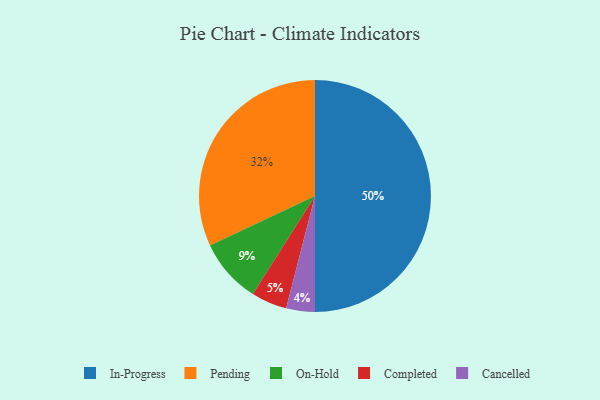
{"axis": {"x": "Category", "y": "Percentage"}, "legend": ["Cancelled", "Completed", "In-Progress", "On-Hold", "Pending"], "data": [{"x": "Cancelled", "y": 4, "type": "Cancelled"}, {"x": "In-Progress", "y": 50, "type": "In-Progress"}, {"x": "Completed", "y": 5, "type": "Completed"}, {"x": "Pending", "y": 32, "type": "Pending"}, {"x": "On-Hold", "y": 9, "type": "On-Hold"}]}